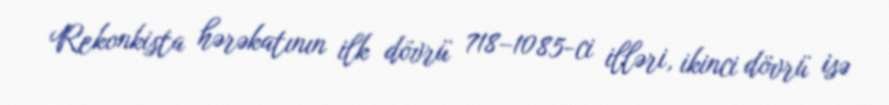
Rekonkista hərəkatının ilk dövrü 718–1085-ci illəri, ikinci dövrü isə